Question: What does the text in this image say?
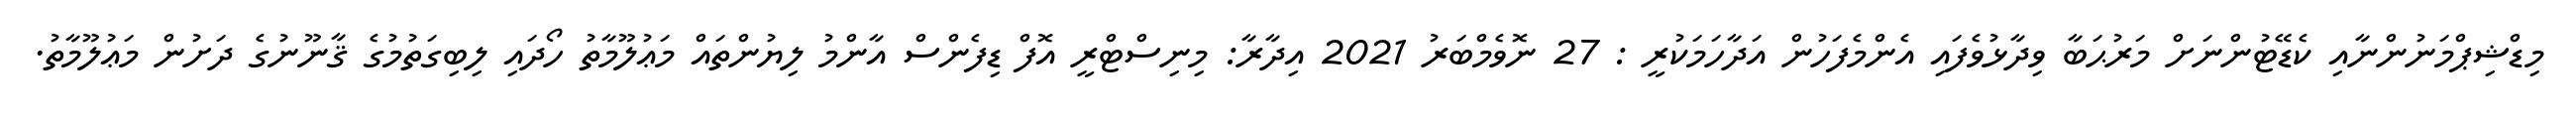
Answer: މިޑްޝިޕްމަނުންނާއި ކެޑޭޓުންނަށް މަރުޙަބާ ވިދާޅުވެފައި އެންމެފަހުން އަދާހަމަކުރީ : 27 ނޮވެމްބަރު 2021 އިދާރާ: މިނިސްޓްރީ އޮފް ޑިފެންސް އާންމު ލިޔުންތައް މަޢުލޫމާތު ހޯދައި ލިބިގަތުމުގެ ޤާނޫނުގެ ދަށުން މަޢުލޫމާތު.